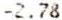
-2.78